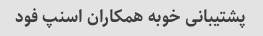
پشتیبانی خوبه همکاران اسنپ فود